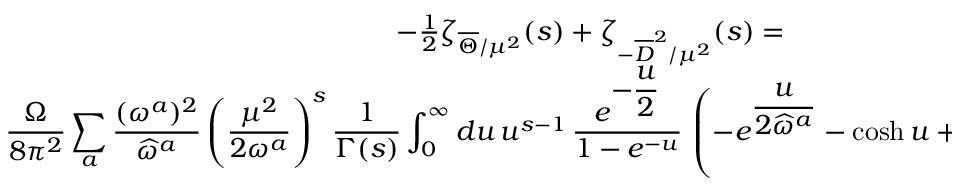
\begin{array} { c } { { - { \frac { 1 } { 2 } } \zeta _ { \overline { { { \Theta } } } / \mu ^ { 2 } } ( s ) + \zeta _ { - \overline { { { D } } } ^ { 2 } / \mu ^ { 2 } } ( s ) = } } \\ { { \displaystyle { \frac { \Omega } { 8 \pi ^ { 2 } } } \sum _ { a } { \frac { ( \omega ^ { a } ) ^ { 2 } } { \widehat { \omega } ^ { a } } } \left( \frac { \mu ^ { 2 } } { 2 \omega ^ { a } } \right) ^ { s } { \frac { 1 } { \Gamma ( s ) } } \int _ { 0 } ^ { \infty } d u \, u ^ { s - 1 } \, { \frac { e ^ { \displaystyle - { \frac { u } { 2 } } } } { 1 - e ^ { - u } } } \, \left( - e ^ { \displaystyle { \frac { u } { 2 \widehat { \omega } ^ { a } } } } - \cosh u + 1 \right) \, Y _ { { \bf \mathrm { S } } ^ { 2 } } \left( { \frac { u } { 2 \widehat { \omega } ^ { a } } } \right) . } } \end{array}